Structure of Hæmatopota pluvialis (Meigen) - Number 55
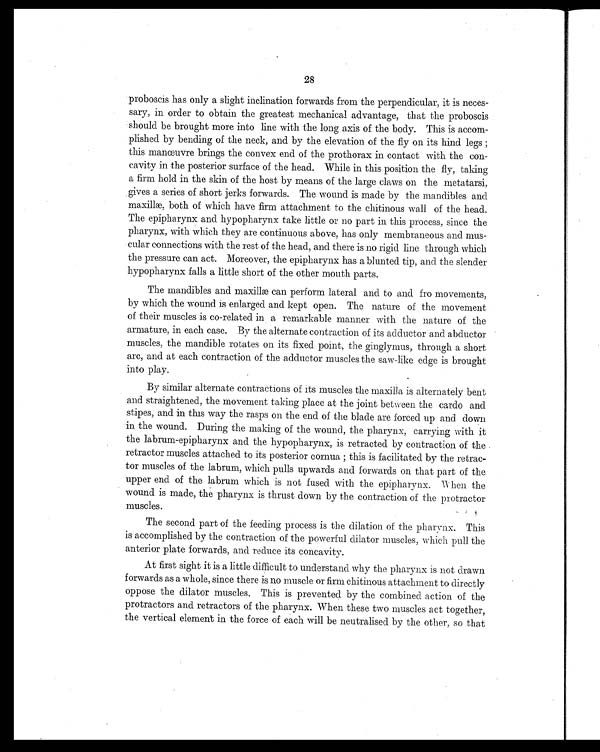
28
proboscis has only a slight inclination forwards from the perpendicular, it is neces-
sary, in order to obtain the greatest mechanical advantage, that the proboscis
should be brought more into line with the long axis of the body. This is accom-
plished by bending of the neck, and by the elevation of the fly on its hind legs;
this manœuvre brings the convex end of the prothorax in contact with the con-
cavity in the posterior surface of the head. While in this position the fly, taking
a firm hold in the skin of the host by means of the large claws on the metatarsi,
gives a series of short jerks forwards. The wound is made by the mandibles and
maxillæ, both of which have firm attachment to the chitinous wall of the head.
The epipharynx and hypopharynx take little or no part in this process, since the
pharynx, with which they are continuous above, has only membraneous and mus-
cular connections with the rest of the head, and there is no rigid line through which
the pressure can act. Moreover, the epipharynx has a blunted tip, and the slender
hypopharynx falls a little short of the other mouth parts.
The mandibles and maxillæ can perform lateral and to and fro movements,
by which the wound is enlarged and kept open. The nature of the movement
of their muscles is co-related in a remarkable manner with the nature of the
armature, in each case. By the alternate contraction of its adductor and abductor
muscles, the mandible rotates on its fixed point, the ginglymus, through a short
arc, and at each contraction of the adductor muscles the saw-like edge is brought
into play.
By similar alternate contractions of its muscles the maxilla is alternately bent
and straightened, the movement taking place at the joint between the cardo and
stipes, and in this way the rasps on the end of the blade are forced up and down
in the wound. During the making of the wound, the pharynx, carrying with it
the labrum-epipharynx and the hypopharynx, is retracted by contraction of the
retractor muscles attached to its posterior cornua; this is facilitated by the retrac-
tor muscles of the labrum, which pulls upwards and forwards on that part of the
upper end of the labrum which is not fused with the epipharynx. When the
wound is made, the pharynx is thrust down by the contraction of the protractor
muscles.
The second part of the feeding process is the dilation of the pharynx. This
is accomplished by the contraction of the powerful dilator muscles, which pull the
anterior plate forwards, and reduce its concavity.
At first sight it is a little difficult to understand why the pharynx is not drawn
forwards as a whole, since there is no muscle or firm chitinous attachment to directly
oppose the dilator muscles. This is prevented by the combined action of the
protractors and retractors of the pharynx. When these two muscles act together,
the vertical element in the force of each will be neutralised by the other, so that